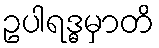
ဥပါရဒ္ဓမှာတိ